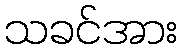
သခင်အား